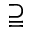
\supseteqq